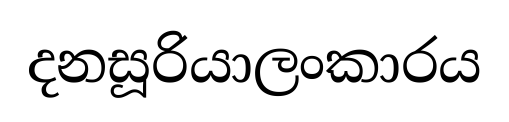
දනසූරියාලංකාරය